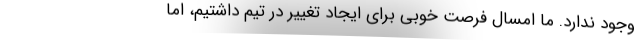
وجود ندارد. ما امسال فرصت خوبی برای ایجاد تغییر در تیم داشتیم، اما